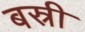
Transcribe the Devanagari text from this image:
बस्री